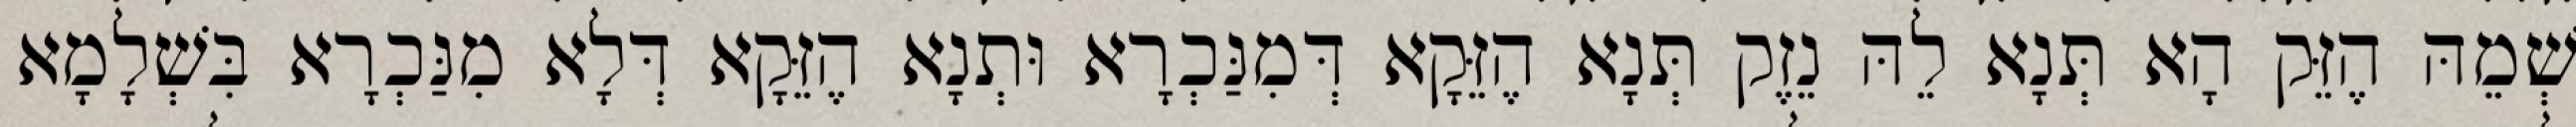
שְׁמֵהּ הֶזֵּק הָא תְּנָא לֵהּ נֵזֶק תְּנָא הֶזֵּקָא דְּמִנַּכְרָא וּתְנָא הֶזֵּקָא דְּלָא מִנַּכְרָא בִּשְׁלָמָא